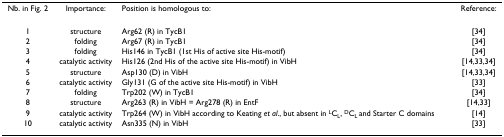
| Nb. in Fig. 2 | Importance: | Position is homologous to: | Reference: |
 | --- | --- | --- | --- |
 | 1 | structure | Arg62 (R) in TycB1 | [34] |
 | 2 | folding | Arg67 (R) in TycB1 | [34] |
 | 3 | folding | His146 in TycB1 (1st His of active site His-motif) | [34] |
 | 4 | catalytic activity | His126 (2nd His of the active site His-motif) in VibH | [14,33,34] |
 | 5 | structure | Asp130 (D) in VibH | [14,33,34] |
 | 6 | catalytic activity | Gly131 (G of the active site His-motif) in VibH | [33] |
 | 7 | folding | Trp202 (W) in TycB1 | [34] |
 | 8 | structure | Arg263 (R) in VibH = Arg278 (R) in EntF | [14,33] |
 | 9 | catalytic activity | Trp264 (W) in VibH according to Keating et al., but absent in LCL, DCL and Starter C domains | [14] |
 | 10 | catalytic activity | Asn335 (N) in VibH | [33] |